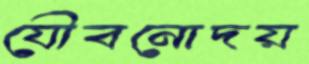
যৌবনোদয়